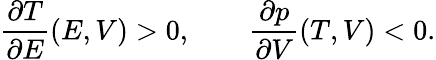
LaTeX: \frac{\partial T}{\partial E}(E,V)>0,\qquad\frac{\partial p}{\partial V}(T,V)<0.